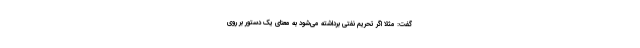
گفت: مثلاً اگر تحریم نفتی برداشته می‌شود به معنای یک دستور بر روی